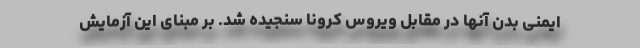
ایمنی بدن آنها در مقابل ویروس کرونا سنجیده شد. بر مبنای این آزمایش